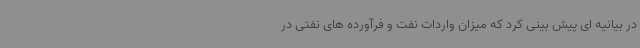
در بیانیه ای پیش بینی کرد که میزان واردات نفت و فرآورده های نفتی در